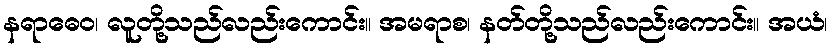
နရာဓေဝ၊ လူတို့သည်လည်းကောင်း။ အမရာစ၊ နတ်တို့သည်လည်းကောင်း။ အယံ၊